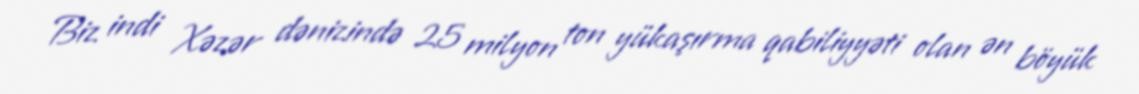
Biz indi Xəzər dənizində 25 milyon ton yükaşırma qabiliyyəti olan ən böyük